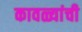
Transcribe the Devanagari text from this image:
कावळ्यांची